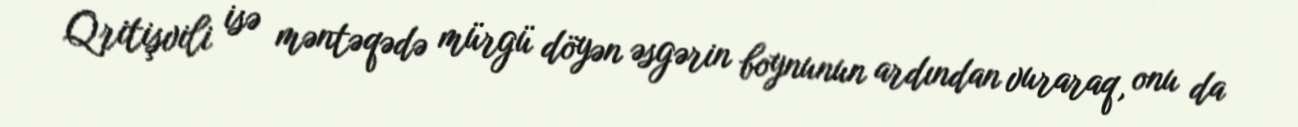
Qritişvili isə məntəqədə mürgü döyən əsgərin boynunun ardından vuraraq, onu da